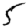
Digit: 5